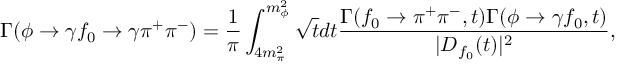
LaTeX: \Gamma ( \phi \to \gamma f _ { 0 } \to \gamma \pi ^ { + } \pi ^ { - } ) = \frac { 1 } { \pi } \int _ { 4 m _ { \pi } ^ { 2 } } ^ { m _ { \phi } ^ { 2 } } \sqrt { t } d t \frac { \Gamma ( f _ { 0 } \to \pi ^ { + } \pi ^ { - } , t ) \Gamma ( \phi \to \gamma f _ { 0 } , t ) } { | D _ { f _ { 0 } } ( t ) | ^ { 2 } } ,